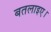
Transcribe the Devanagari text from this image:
बतलाइए।